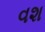
વશ